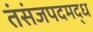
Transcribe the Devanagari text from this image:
तंसंजपदमद्ध